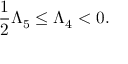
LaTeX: \frac { 1 } { 2 } \Lambda _ { 5 } \leq \Lambda _ { 4 } < 0 .